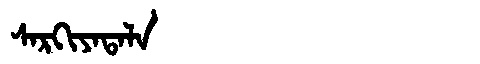
Manchu: ᠰᠠᡵᡴᡳᠶᠠᡨᠠᠯᠠ
Romanization: SARKIYATALA